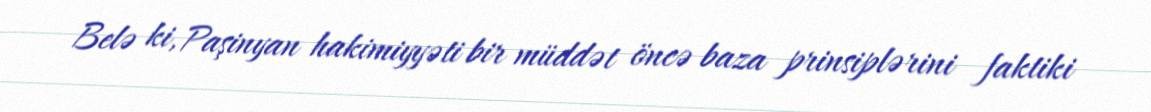
Belə ki, Paşinyan hakimiyyəti bir müddət öncə baza prinsiplərini faktiki